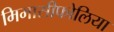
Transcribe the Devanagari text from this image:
मिमासीफोलिया